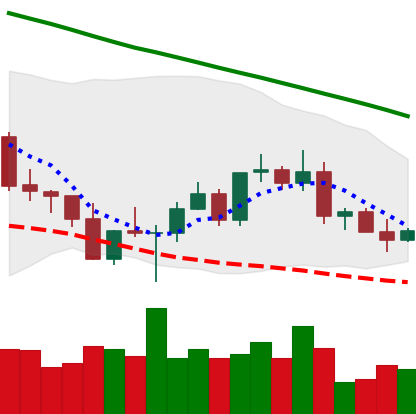
Ticker: ETC-USD
Chart end date: 2022-03-08
Forward return: -4.823%
Label: down_3_5